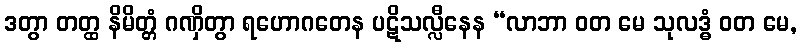
ဒတွာ တတ္ထ နိမိတ္တံ ဂဏှိတွာ ရဟောဂတေန ပဋိသလ္လီနေန “လာဘာ ဝတ မေ သုလဒ္ဓံ ဝတ မေ,